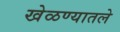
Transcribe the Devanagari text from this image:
खेळण्यातले